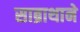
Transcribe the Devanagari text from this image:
साब्राथाने